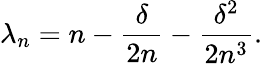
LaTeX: \lambda_{n}=n-\frac\delta{2n}-\frac{\delta^{2}}{2n^{3}}.